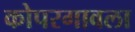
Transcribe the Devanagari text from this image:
कोपरगावला